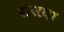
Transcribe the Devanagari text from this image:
संख्या